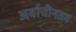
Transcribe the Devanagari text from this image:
अर्वाचीनतम